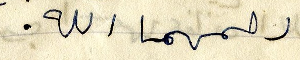
رحمهما الله